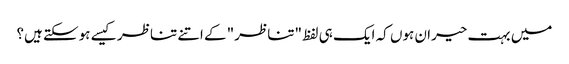
میں بہت حیران ہوں کہ ایک ہی لفظ "تناظر" کے اتنے تناظر کیسے ہوسکتے ہیں؟